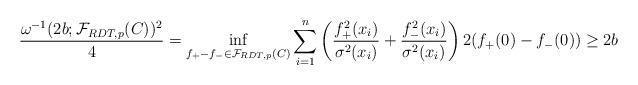
LaTeX: \begin{align*} \frac{\omega^{-1}(2b;\mathcal{F}_{RDT,p}(C))^{2}}{4} =\inf_{f_{+}-f_{-}\in\mathcal{F}_{RDT,p}(C)} \sum_{i=1}^n\left( \frac{f_+^2(x_i)}{\sigma^2(x_i)} + \frac{f_-^2(x_i)}{\sigma^2(x_i)}\right) 2(f_+(0)-f_-(0))\ge 2b\end{align*}